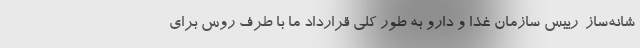
شانه‌ساز-رییس سازمان غذا و دارو به طور کلی قرارداد ما با طرف روس برای